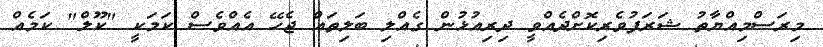
މިރަސްމިއްޔާތު ޝަރަފުވެރިކޮށްދެއްވީ ދިރިއުޅުން ގެއްލި ބަލިތައް ޖެހޭ އެއްވެސް ކަމަކީ "ކޫލް" ކަމެއް